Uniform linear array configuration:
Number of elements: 16
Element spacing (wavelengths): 1
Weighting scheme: hamming
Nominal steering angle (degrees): -30
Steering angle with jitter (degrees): -29.915
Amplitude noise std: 0.05
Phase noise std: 0.05

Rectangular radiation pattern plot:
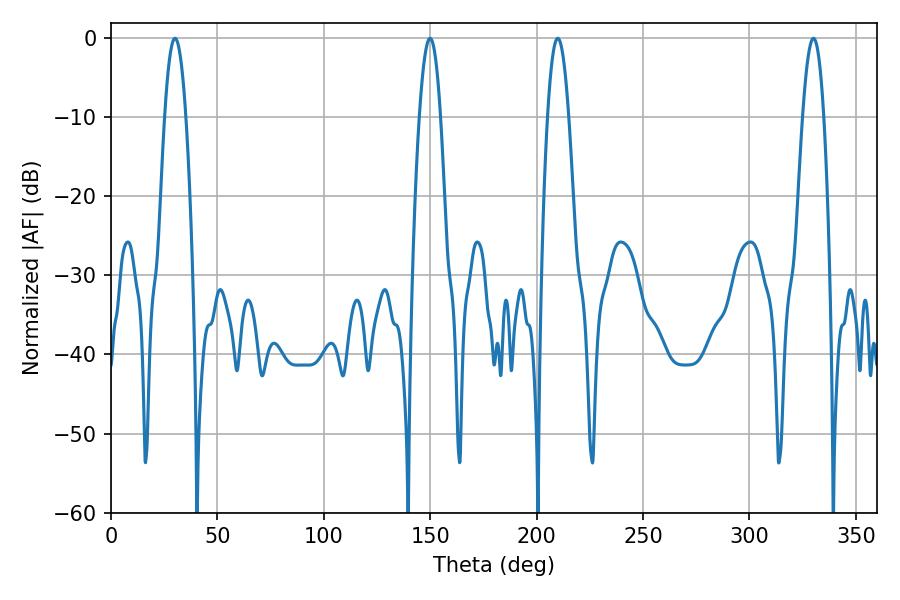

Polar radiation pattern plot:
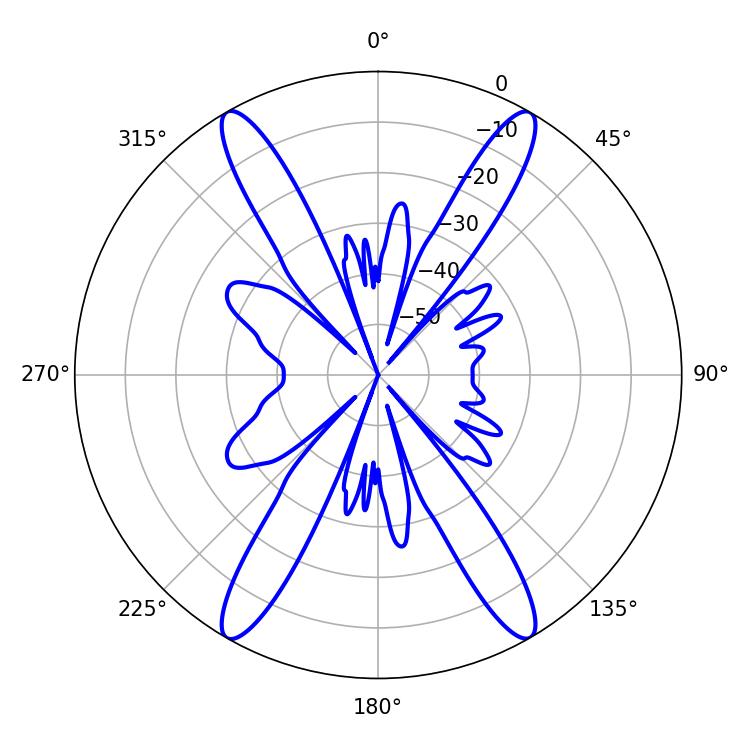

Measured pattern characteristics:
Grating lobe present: TRUE
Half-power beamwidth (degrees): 5.4
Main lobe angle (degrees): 30.06